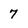
Character: 7